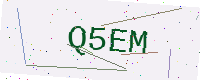
Text: Q5EM